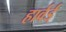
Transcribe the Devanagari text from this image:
हार्वर्ड्